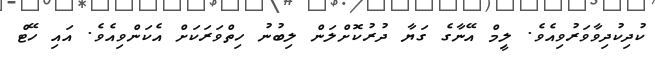
ކުދިކުދިވާވަރުވިއެވެ. ލިިީމް އޭނާގެ ގަޔާ ދުރުކޮށްލަން ލިބުނު ހިތްވަރަކަށް އެކަންވިއެވެ. އައި ހޭޓް